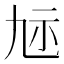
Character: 𮁝